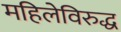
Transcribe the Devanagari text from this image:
महिलेविरुद्ध